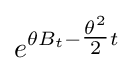
e^{\theta B_{t}-{\tfrac {\theta ^{2}}{2}}t}